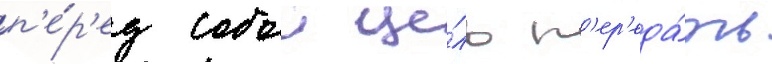
п'е́р'ед собои це́ль п'ер'еда́ть